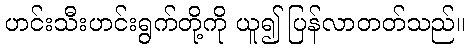
ဟင်းသီးဟင်းရွက်တို့ကို ယူ၍ ပြန်လာတတ်သည်။